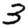
Digit: 3